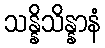
သန္နိသိန္နာနံ